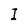
Character: I